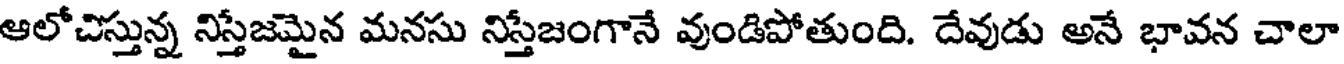
ఆలోచిస్తున్న నిస్తేజమైన మనసు నిస్తేజంగానే వుండిపోతుంది. దేవుడు అనే భావన చాలా